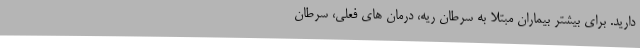
دارید. برای بیشتر بیماران مبتلا به سرطان ریه، درمان های فعلی، سرطان